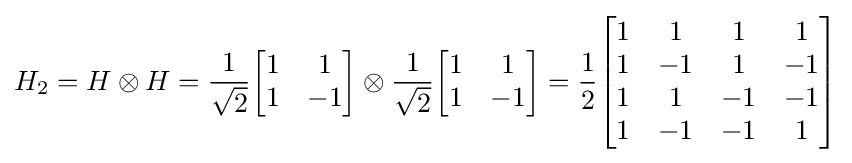
H_{2}=H\otimes H={\frac {1}{\sqrt {2}}}{\begin{bmatrix}1&1\\1&-1\end{bmatrix}}\otimes {\frac {1}{\sqrt {2}}}{\begin{bmatrix}1&1\\1&-1\end{bmatrix}}={\frac {1}{2}}{\begin{bmatrix}1&1&1&1\\1&-1&1&-1\\1&1&-1&-1\\1&-1&-1&1\end{bmatrix}}